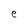
Character: e